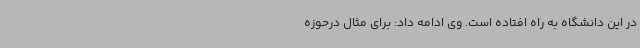
در این دانشگاه به راه افتاده است. وی ادامه داد: برای مثال درحوزه